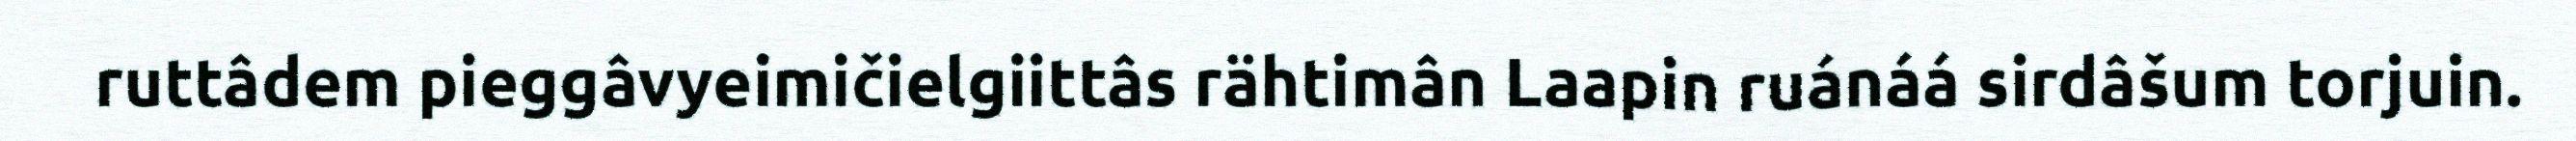
ruttâdem pieggâvyeimičielgiittâs rähtimân Laapin ruánáá sirdâšum torjuin.